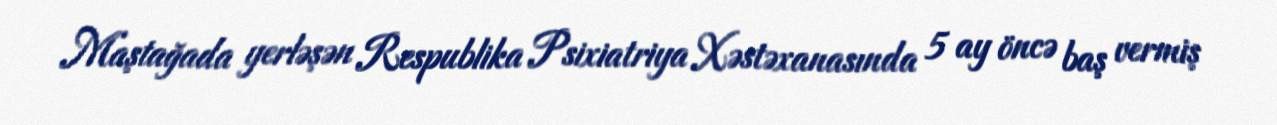
Maştağada yerləşən Respublika Psixiatriya Xəstəxanasında 5 ay öncə baş vermiş